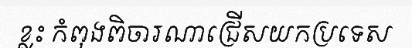
ខ្លះ កំពុងពិចារណាជ្រើសយកប្រទេស